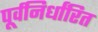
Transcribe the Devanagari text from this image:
पूर्वनिर्धांरित